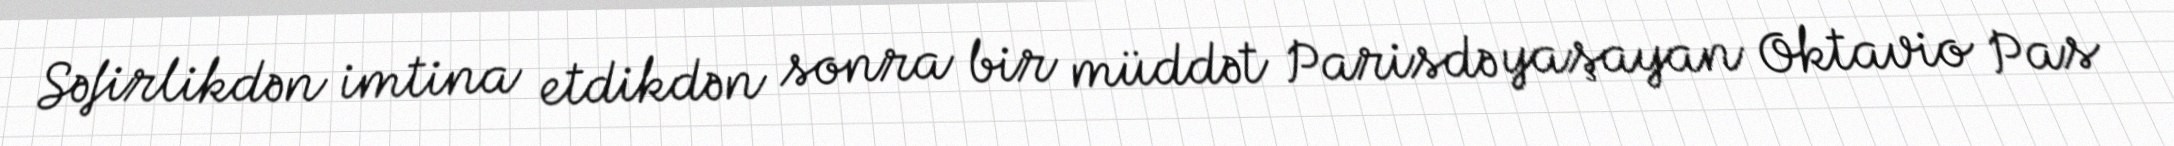
Səfirlikdən imtina etdikdən sonra bir müddət Parisdə yaşayan Oktavio Pas